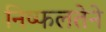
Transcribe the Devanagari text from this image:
निष्फलतेने